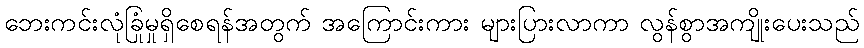
ဘေးကင်းလုံခြုံမှုရှိစေရန်အတွက် အကြောင်းကား များပြားလာကာ လွန်စွာအကျိုးပေးသည်